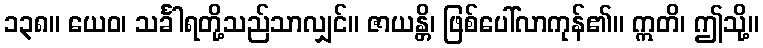
၁၃၈။ ယေဝ၊ သင်္ခါရတို့သည်သာလျှင်။ ဇာယန္တိ၊ ဖြစ်ပေါ်လာကုန်၏။ ဣတိ၊ ဤသို့။